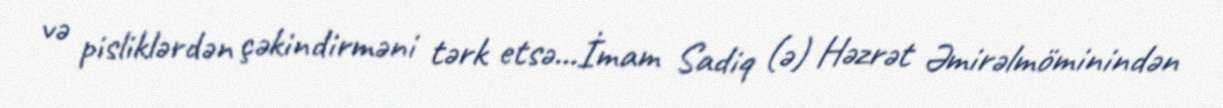
və pisliklərdən çəkindirməni tərk etsə...İmam Sadiq (ə) Həzrət Əmirəlmöminindən